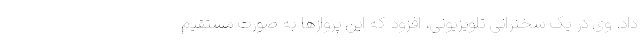
داد. وی در یک سخنرانی تلویزیونی، افزود که این پرواز‌ها به صورت مستقیم